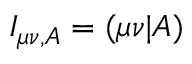
I _ { \mu \nu , A } = ( \mu \nu | A )